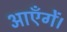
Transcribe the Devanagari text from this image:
आएँगें।